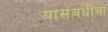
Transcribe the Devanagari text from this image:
यासंबधीचा